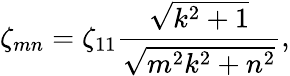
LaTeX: \zeta_{mn}=\zeta_{11}\frac{\sqrt{k^{2}+1}}{\sqrt{m^{2}k^{2}+n^{2}}},